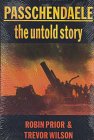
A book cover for Passchendaele: The Untold Story; Prof. Robin Prior; History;